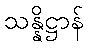
သန္နိဋ္ဌာန်